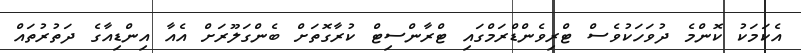
އެކަމަކު ކޮންމެ ދުވަހަކުވެސް ޓްރިވެންޑްރަމްގައި ޓްރާންސިޓް ކުރާގޮތަށް ބެންގަލޫރަށް އެއާ އިންޑިއާގެ ދަތުރުތައް